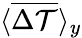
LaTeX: \langle\overline{{\Delta\mathcal{T}}}\rangle_{y}